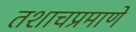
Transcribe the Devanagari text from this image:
तशाचप्रमाणे